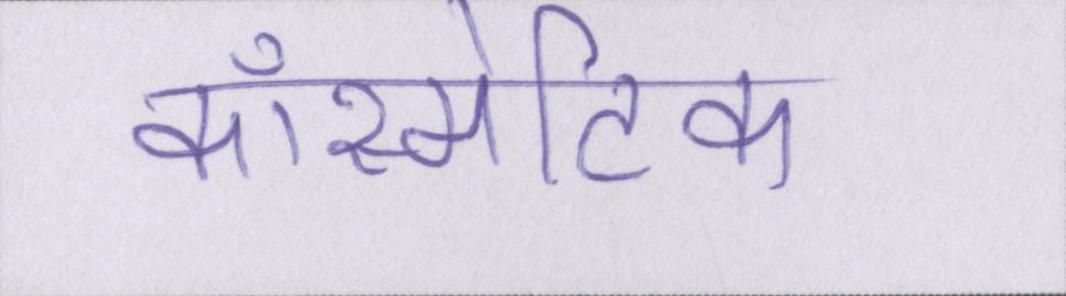
कॉस्मेटिक